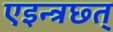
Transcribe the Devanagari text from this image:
एइन्त्रछ्त्